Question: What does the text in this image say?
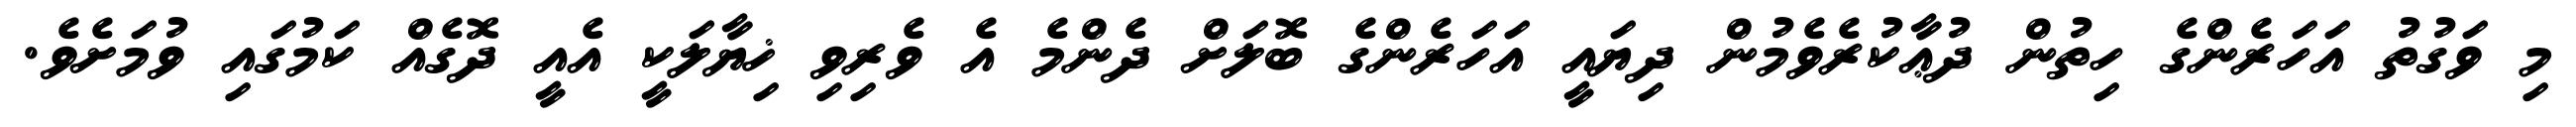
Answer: މި ވަގުތު އަހަރެންގެ ހިތުން ދުޢާކުރެވެމުން ދިޔައީ އަހަރެންގެ ބޮލަށް ދެންމެ އެ ވެރިވި ޚިޔާލަކީ އެއީ ދޮގެއް ކަމުގައި ވުމަށެވެ.